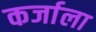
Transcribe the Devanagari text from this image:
कर्जाला